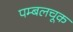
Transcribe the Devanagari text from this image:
पम्बलचूक